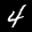
Label: 4